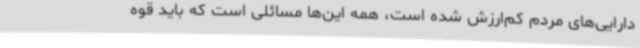
دارایی‌های مردم کم‌ارزش شده است، همه این‌ها مسائلی است که باید قوه